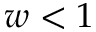
w < 1